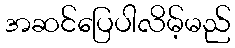
အဆင်ပြေပါလိမ့်မည်